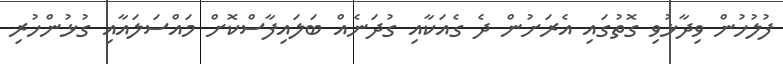
ފުލުހުން ވިދާޅުވި ގޮތުގައި އެރަށުން ދެ ގެއަކާއި ގުދަނެއް ބަލައިފާސްކޮށް މައްސަލައާއި ގުޅުންހުރި